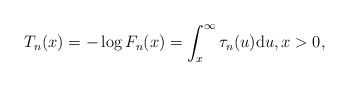
\begin{align*}T_n(x)=-\log F_n(x)=\int_{x}^{\infty}\tau_n(u){\rm d}u,x>0,\end{align*}